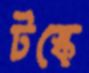
টস্‌কে